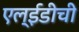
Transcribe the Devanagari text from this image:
एल्‌ईडीची